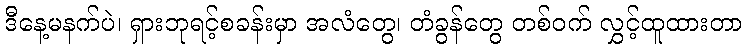
ဒီနေ့မနက်ပဲ၊ ရှားဘုရင့်စခန်းမှာ အလံတွေ၊ တံခွန်တွေ တစ်ဝက် လွှင့်ထူထားတာ